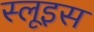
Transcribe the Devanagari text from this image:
स्लूइस